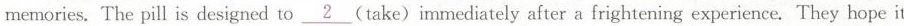
memories. The pill is designed to\underline{2}(take)immediately after a frightening experience. They hope it